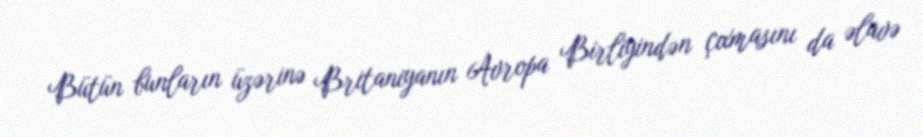
Bütün bunların üzərinə Britaniyanın Avropa Birliyindən çıxmasını da əlavə